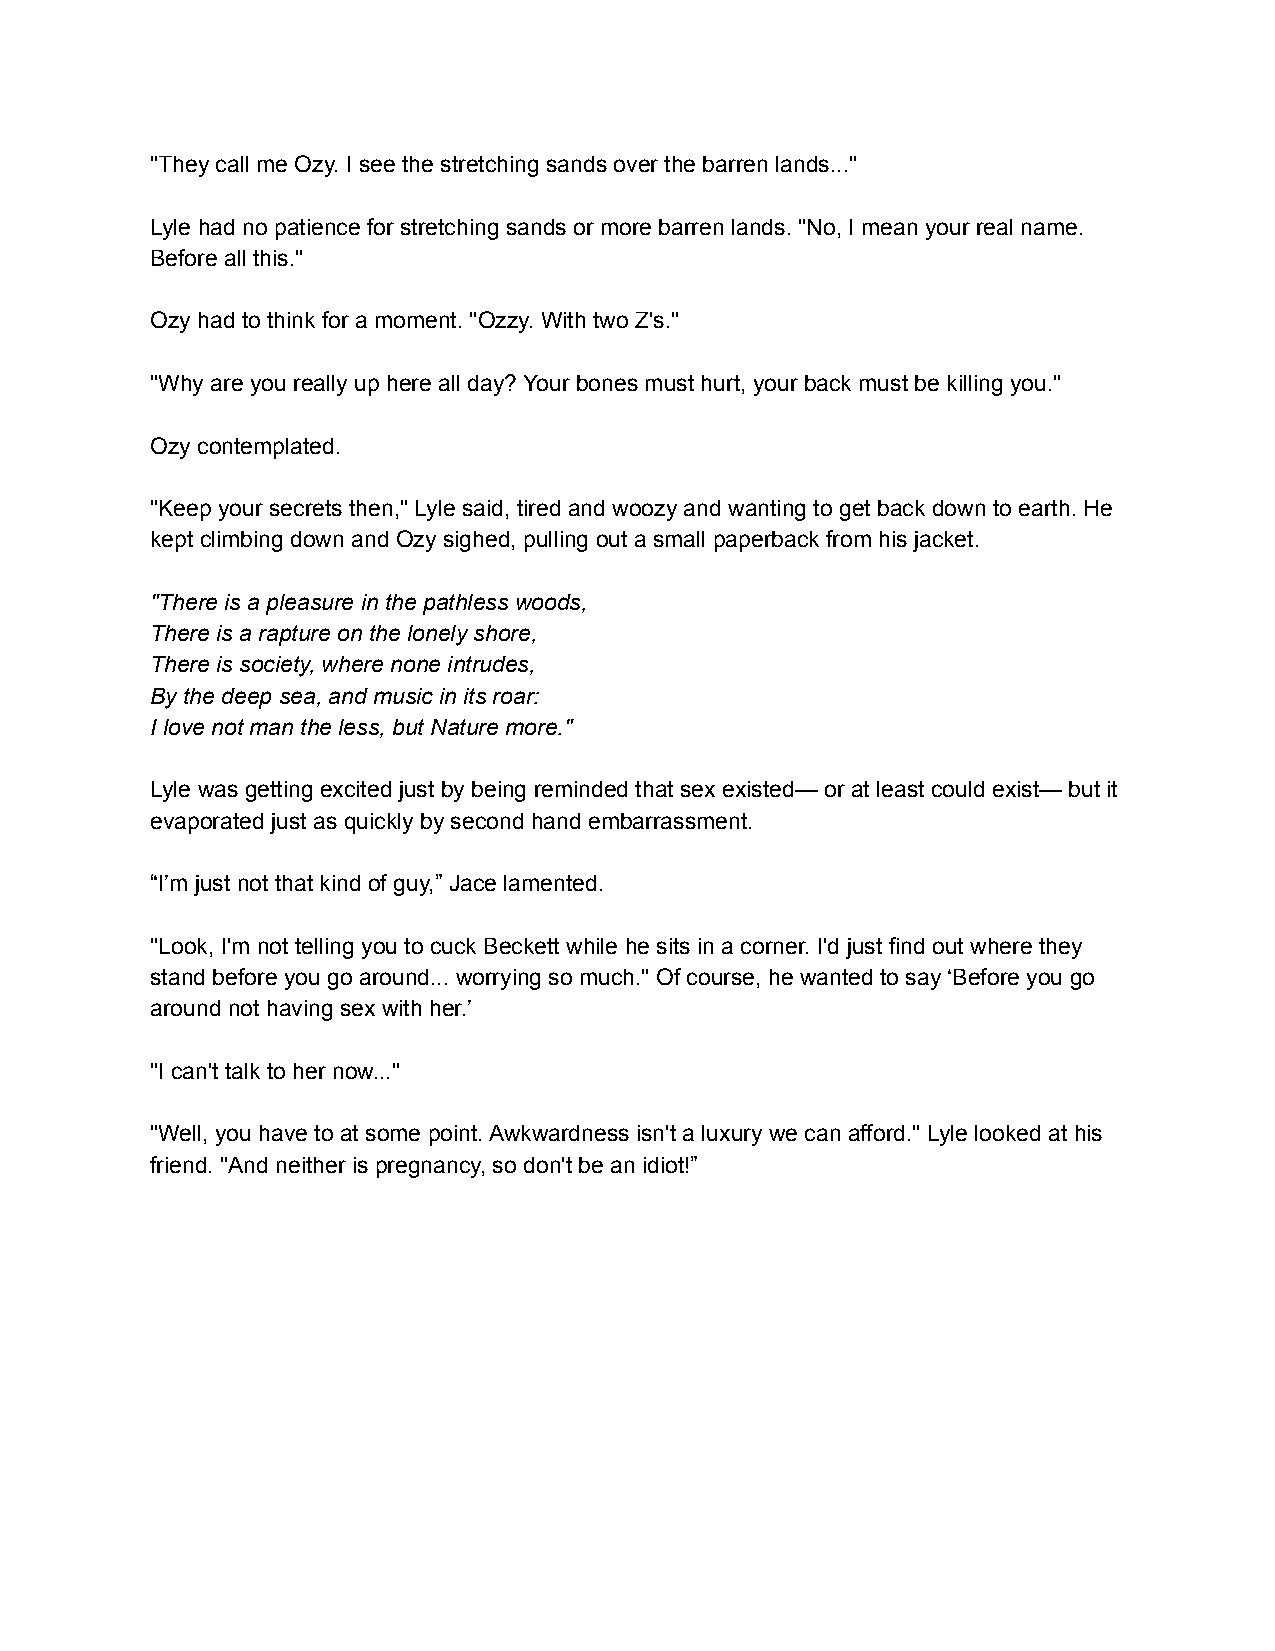
"They call me Ozy. I see the stretching sands over the barren lands..."
 Lyle had no patience for stretching sands or more barren lands. "No, I mean your real name.
 Before all this."
 Ozy had to think for a moment. "Ozzy. With two Z's."
 "Why are you really up here all day? Your bones must hurt, your back must be killing you."
 Ozy contemplated.
 "Keep your secrets then," Lyle said, tired and woozy and wanting to get back down to earth. He
 kept climbing down and Ozy sighed, pulling out a small paperback from his jacket.
 "There is a pleasure in the pathless woods,
 There is a rapture on the lonely shore,
 There is society, where none intrudes,
 By the deep sea, and music in its roar:
 I love not man the less, but Nature more."
 Lyle was getting excited just by being reminded that sex existed— or at least could exist— but it
 evaporated just as quickly by second hand embarrassment.
 “I’m just not that kind of guy,” Jace lamented.
 "Look, I'm not telling you to cuck Beckett while he sits in a corner. I'd just find out where they
 stand before you go around... worrying so much." Of course, he wanted to say ‘Before you go
 around not having sex with her.’
 "I can't talk to her now..."
 "Well, you have to at some point. Awkwardness isn't a luxury we can afford." Lyle looked at his
 friend. "And neither is pregnancy, so don't be an idiot!”